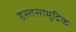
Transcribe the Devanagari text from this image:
हस्तसामुद्रिक